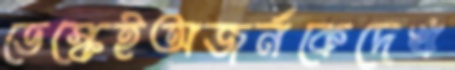
ডেস্কেইঅজর্নকেদেখ